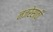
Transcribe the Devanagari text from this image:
नजरेसाठी